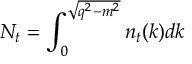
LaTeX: N _ { t } = \int _ { 0 } ^ { \sqrt { q ^ { 2 } - m ^ { 2 } } } n _ { t } ( k ) d k